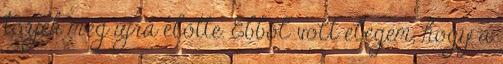
törjek meg újra előtte. Ebből volt elegem, hogy a